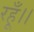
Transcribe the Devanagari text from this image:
रहूँ।।